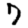
Digit: 7